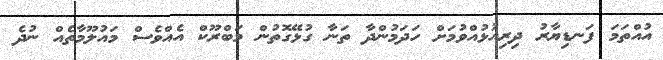
އުއްތަމަ ފަނޑިޔާރު ދިރިއުޅުއްވުމަށް ހަދަމުންދާ ތަނާ ގުޅޭގޮތުން މަބްރޫކް އެއްވެސް މައުލޫމާތެއް ނުދެ